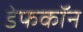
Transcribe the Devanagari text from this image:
डेफकॉन